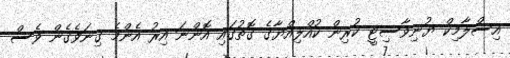
އިސްލާމިކް ޔުނިވާސިޓީ ކުރިން ކުއްލިއްޔާގެ ގޮތުގައި އޮންނަ އިރު އެންމެ ގިނަވެގެން ވެސް